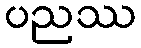
ပညဿ